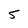
Character: 5